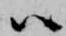
ハ